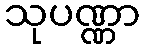
သုပဏ္ဏာ